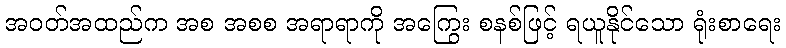
အဝတ်အထည်က အစ အစစ အရာရာကို အကြွေး စနစ်ဖြင့် ရယူနိုင်သော ရုံးစာရေး